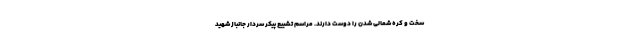
سخت و کره شمالی شدن را دوست دارند. مراسم تشییع پیکر سردار جانباز شهید